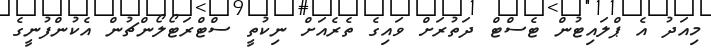
މިއަދު އެ ޕްލައިޓުން ޓެސްޓް ދަތުރަށް ވައިގެ ތެރެއަށް ނިކުތީ ސްޓްރަޓޯލޯންޗުން އެކުންފުނީގެ